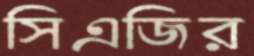
সিএজির